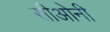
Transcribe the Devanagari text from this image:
सीओनी